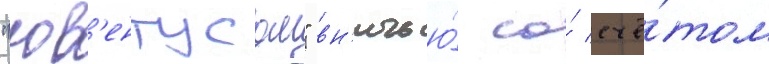
"юв'ентусом" вн'ичью́ со́ счё́том